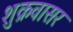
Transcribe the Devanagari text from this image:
शुक्रवासर